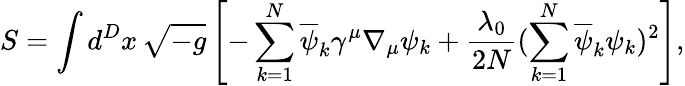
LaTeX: S=\int d^{D}x\, \sqrt{-g}\left[-\sum_{k=1}^{N}\overline{{{\psi}}}_{k}\gamma^{\mu}\nabla_{\mu}\psi_{k}+\frac{\lambda_{0}}{2N}(\sum_{k=1}^{N}\overline{{{\psi}}}_{k}\psi_{k})^{2}\right],